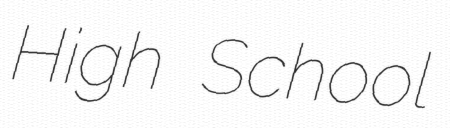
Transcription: High School